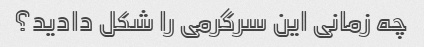
چه زمانی این سرگرمی را شکل دادید؟